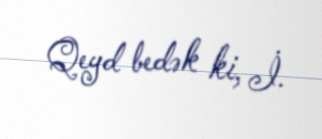
Qeyd bedək ki, İ.